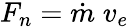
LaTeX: F_{n}={\dot{m}}\; v_{e}